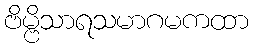
ဗိမ္ဗိသာရသမာဂမကထာ